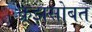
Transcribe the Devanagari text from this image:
क्रूझसोबत